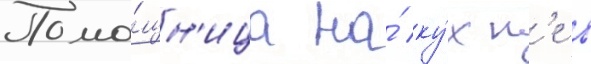
Помо́щн'ица на́ ку́хн'е в